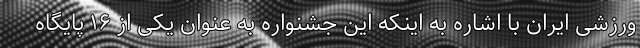
ورزشی ایران با اشاره به اینکه این جشنواره به عنوان یکی از ۱۶ پایگاه